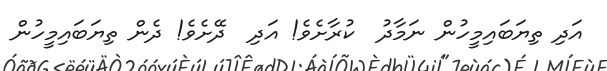
އަދި ތިޔަބައިމީހުން ނަމާދު  ކުރާށެވެ! އަދި  ދޭށެވެ! ދެން ތިޔަބައިމީހުން